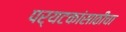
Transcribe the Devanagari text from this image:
पर्यटकांसाठीचा